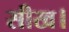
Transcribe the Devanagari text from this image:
सीख।